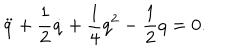
LaTeX: \ddot { q } + \frac { 1 } { 2 } \dot { q } + \frac { 1 } { 4 } q ^ { 2 } - \frac { 1 } { 2 } q = 0 .